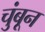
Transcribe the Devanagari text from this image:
चुंबून